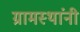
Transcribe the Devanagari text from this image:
ग्रामस्‍थांनी